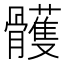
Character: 𩪭